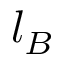
l _ { B }